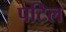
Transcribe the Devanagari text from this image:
पटिल